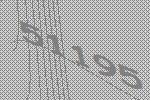
51195